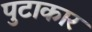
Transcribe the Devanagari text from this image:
पुटाकार